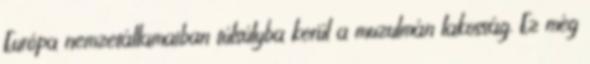
Európa nemzetállamaiban túlsúlyba kerül a muzulmán lakosság. Ez még